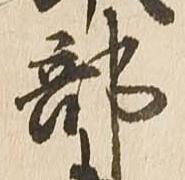
部